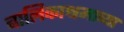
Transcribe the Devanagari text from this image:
बालिकाश्रमाच्या